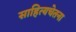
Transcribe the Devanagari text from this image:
साहित्यचेतना